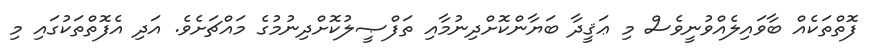
ފޮތްތަކެއް ބާވައިލެއްވުނީވެސް މި ޢަޤީދާ ބަޔާންކޮށްދިނުމާއި ތަފްޞީލުކޮށްދިނުމުގެ މައްޗަށެވެ. އަދި އެފޮތްތަކުގައި މި